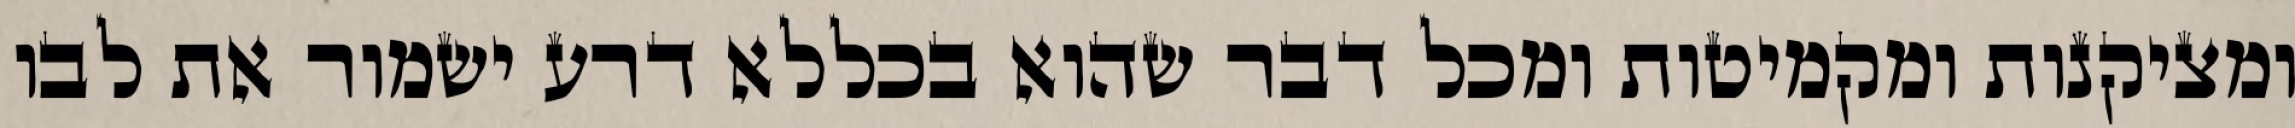
ומציקנות ומקמיטות ומכל דבר שהוא בכללא דרע ישמור את לבו